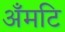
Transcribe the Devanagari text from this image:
अँमटि